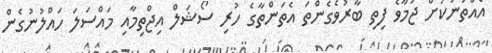
އެއްތަނަކަށް ޖަމާވެ ފިތި ބާރުވެގެންތަ އެތަންތާގެ ހުރި ސޯޝަލް އިޖްތިމާއި މައްސަލަ ހައްލުނުގެން